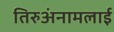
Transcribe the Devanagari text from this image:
तिरुअंनामलाई